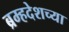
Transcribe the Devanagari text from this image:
ब्रम्हदेशच्या